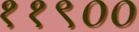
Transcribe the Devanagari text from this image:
११९००